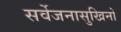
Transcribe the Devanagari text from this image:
सर्वेजनासुखिनो